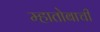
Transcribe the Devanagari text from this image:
म्हातोबाची